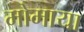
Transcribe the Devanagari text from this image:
मोमाया